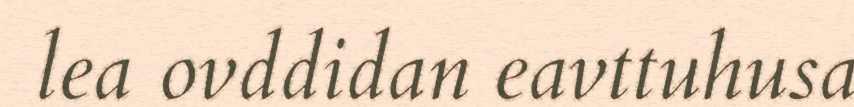
lea ovddidan eavttuhusa